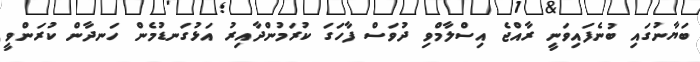
ބަޔާނުގައި ބުނެފައިވަނީ ރާއްޖެ އިސްލާމްވި ދުވަސް ފާހަގަ ކުރަމުންދާއިރު އަޅުގަނޑުމެން ހަނދާން ކުރަންވީ